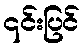
၎င်းပြင်